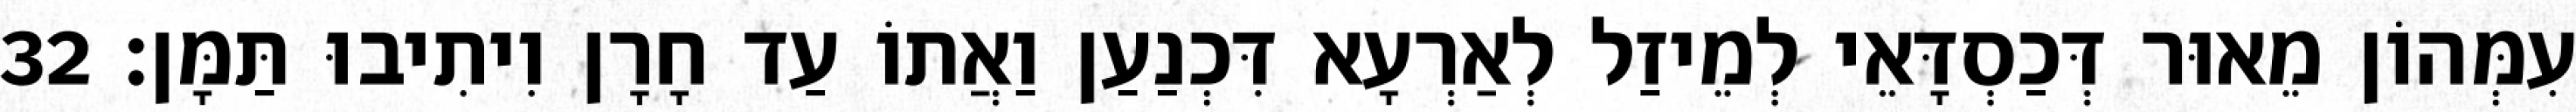
עִמְּהוֹן מֵאוּר דְּכַסְדָּאֵי לְמֵיזַל לְאַרְעָא דִּכְנַעַן וַאֲתוֹ עַד חָרָן וִיתִיבוּ תַּמָּן׃ 32